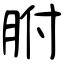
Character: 胕